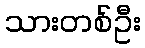
သားတစ်ဦး